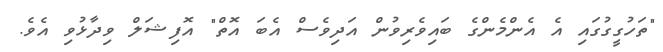
"ތަހުގީގުގައި އެ އެންމެންގެ ބައިވެރިވުން އަދިވެސް އެބަ އޮތް" އޮފިޝަލް ވިދާޅުވި އެވެ.